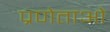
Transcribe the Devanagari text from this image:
प्रणेताओ